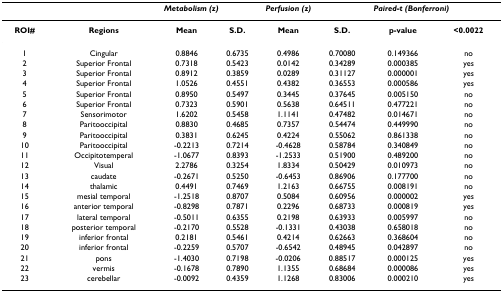
<table><thead><tr><td></td><td></td><td colspan="2"><b><i>Metabolism (z)</i></b></td><td colspan="2"><b><i>Perfusion (z)</i></b></td><td colspan="2"><b><i>Paired-t (Bonferroni)</i></b></td></tr></thead><tbody><tr><td><b>ROI#</b></td><td><b>Regions</b></td><td><b>Mean</b></td><td><b>S.D.</b></td><td><b>Mean</b></td><td><b>S.D.</b></td><td><b>p-value</b></td><td><b>&lt;0.0022</b></td></tr><tr><td>1</td><td>Cingular</td><td>0.8846</td><td>0.6735</td><td>0.4986</td><td>0.70080</td><td>0.149366</td><td>no</td></tr><tr><td>2</td><td>Superior Frontal</td><td>0.7318</td><td>0.5423</td><td>0.0142</td><td>0.34289</td><td>0.000385</td><td>yes</td></tr><tr><td>3</td><td>Superior Frontal</td><td>0.8912</td><td>0.3859</td><td>0.0289</td><td>0.31127</td><td>0.000001</td><td>yes</td></tr><tr><td>4</td><td>Superior Frontal</td><td>1.0526</td><td>0.4551</td><td>0.4382</td><td>0.36553</td><td>0.000586</td><td>yes</td></tr><tr><td>5</td><td>Superior Frontal</td><td>0.8950</td><td>0.5497</td><td>0.3445</td><td>0.37645</td><td>0.005150</td><td>no</td></tr><tr><td>6</td><td>Superior Frontal</td><td>0.7323</td><td>0.5901</td><td>0.5638</td><td>0.64511</td><td>0.477221</td><td>no</td></tr><tr><td>7</td><td>Sensorimotor</td><td>1.6202</td><td>0.5458</td><td>1.1141</td><td>0.47482</td><td>0.014671</td><td>no</td></tr><tr><td>8</td><td>Paritooccipital</td><td>0.8830</td><td>0.4685</td><td>0.7357</td><td>0.54474</td><td>0.449990</td><td>no</td></tr><tr><td>9</td><td>Paritooccipital</td><td>0.3831</td><td>0.6245</td><td>0.4224</td><td>0.55062</td><td>0.861338</td><td>no</td></tr><tr><td>10</td><td>Paritooccipital</td><td>-0.2213</td><td>0.7214</td><td>-0.4628</td><td>0.58784</td><td>0.340849</td><td>no</td></tr><tr><td>11</td><td>Occipitotemperal</td><td>-1.0677</td><td>0.8393</td><td>-1.2533</td><td>0.51900</td><td>0.489200</td><td>no</td></tr><tr><td>12</td><td>Visual</td><td>2.2786</td><td>0.3254</td><td>1.8334</td><td>0.50429</td><td>0.010973</td><td>no</td></tr><tr><td>13</td><td>caudate</td><td>-0.2671</td><td>0.5250</td><td>-0.6453</td><td>0.86906</td><td>0.177700</td><td>no</td></tr><tr><td>14</td><td>thalamic</td><td>0.4491</td><td>0.7469</td><td>1.2163</td><td>0.66755</td><td>0.008191</td><td>no</td></tr><tr><td>15</td><td>mesial temporal</td><td>-1.2518</td><td>0.8707</td><td>0.5084</td><td>0.60956</td><td>0.000002</td><td>yes</td></tr><tr><td>16</td><td>anterior temporal</td><td>-0.8298</td><td>0.7871</td><td>0.2296</td><td>0.68733</td><td>0.000819</td><td>yes</td></tr><tr><td>17</td><td>lateral temporal</td><td>-0.5011</td><td>0.6355</td><td>0.2198</td><td>0.63933</td><td>0.005997</td><td>no</td></tr><tr><td>18</td><td>posterior temporal</td><td>-0.2170</td><td>0.5528</td><td>-0.1331</td><td>0.43038</td><td>0.658018</td><td>no</td></tr><tr><td>19</td><td>inferior frontal</td><td>0.2181</td><td>0.5461</td><td>0.4214</td><td>0.62663</td><td>0.368604</td><td>no</td></tr><tr><td>20</td><td>inferior frontal</td><td>-0.2259</td><td>0.5707</td><td>-0.6542</td><td>0.48945</td><td>0.042897</td><td>no</td></tr><tr><td>21</td><td>pons</td><td>-1.4030</td><td>0.7198</td><td>-0.0206</td><td>0.88517</td><td>0.000125</td><td>yes</td></tr><tr><td>22</td><td>vermis</td><td>-0.1678</td><td>0.7890</td><td>1.1355</td><td>0.68684</td><td>0.000086</td><td>yes</td></tr><tr><td>23</td><td>cerebellar</td><td>-0.0092</td><td>0.4359</td><td>1.1268</td><td>0.83006</td><td>0.000210</td><td>yes</td></tr></tbody></table>